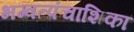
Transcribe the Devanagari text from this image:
भग्वत्पंचाशिका